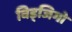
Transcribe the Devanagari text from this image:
विड्जिगो